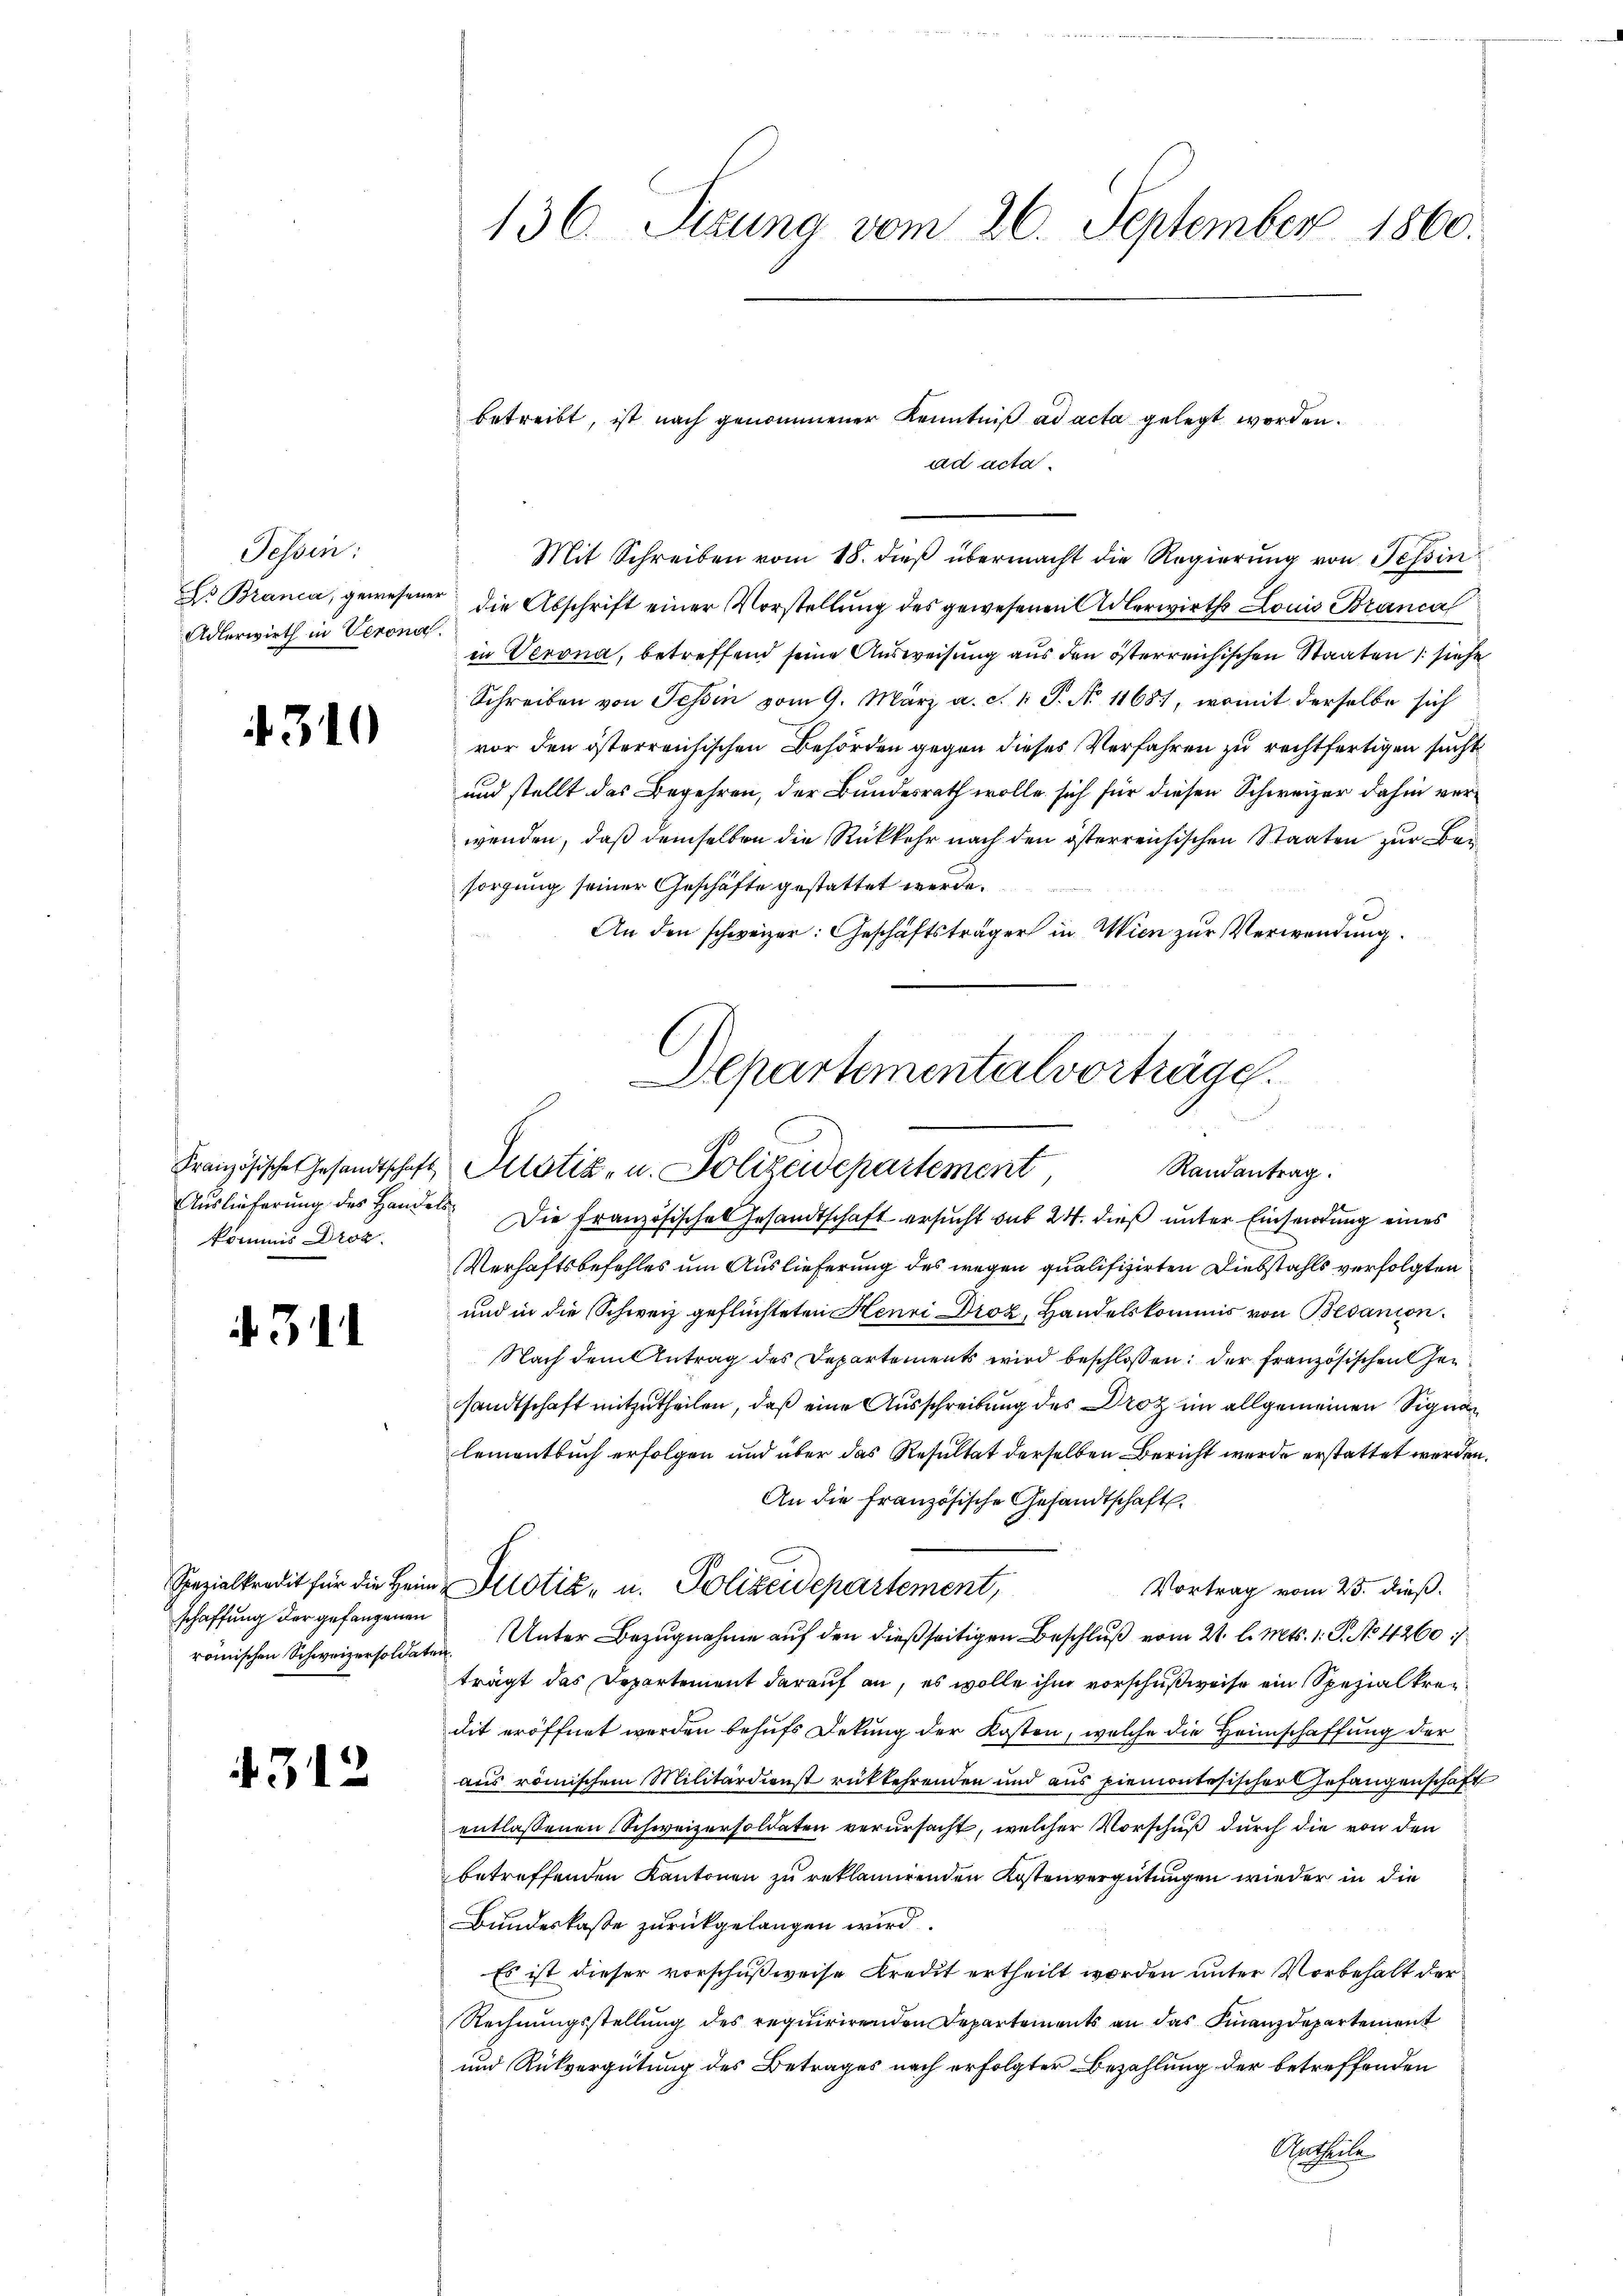
Tessin:
Dr Branca, gewesener
Adlerwirth in Verona

310

kommis Droz.

31

schaffung der gefangenen
römischen Schweizersoldaten

4312

136. Sizung vom 26. September 1860.

Mit Schreiben vom 18. dieß übermacht die Regierung von Tessin
die Abschrift einer Vorstellung des gewesenen Adlerwirths Louis Branca
in Verona, betreffend seine Ausweisung aus den österreichischen Staaten (siehe
Schreiben von Tessin vom 9. März a. c. 1 S. No 1168, womit derselbe sich
vor den österreichischen Behörden gegen dieses Verfahren zu rechtfertigen sucht
und stellt das Begehren, der Bundesrath wolle sich für diesen Schweizer dahin verwenden, daß demselben die Rückkehr nach den österreichischen Staaten zur Beisorgung seiner Geschäfte gestattet werde.
An den schweizer: Geschäftsträger in Wien zur Verwendung
Departementalvorträge.

betreibt, ist nach genommener Kenntniß ad acta gelegt worden.
ad acta

Französische Gesandtschaft Mitstiz- u. Polizeidepartement
Randantrag.

Auslieferung des Handels Die französisches Gesandtschaft ersucht sub 24. dieß unter Einsendung eines
Verhaftsbefehles um Auslieferung des wegen qualifizirten Diebstahls verfolgten
und in die Schweiz geflüchteten Henri Droz, Handelskommis von Bedanion.
Nach dem Antrag des Departements wird beschlossen: der französischen Ge
sandtschaft mitzutheilen, daß eine Ausschreibung des Droz im allgemeinen Signalementbuch erfolgen und über das Resultat derselben Bericht wurde erstattet werden.
An die französische Gesandtschaft
Spezialkredit für die Heim Allotik- u. Polizeidepartement,
Vortrag vom 23. dieß.
Unter Bezugnahme auf den dießseitigen Beschluß vom 21. l. Mts. 1. P. No 1260 :/
trägt das Departement darauf an, es wolle ihm vorschußweise ein Spezialkreidit eröffnet werden behufs Dekung der Kosten, welche die Heimschaffung der
aus römischem Militärdienst rükkehrenden und aus piemontesischer Gefangenschaft
entlassenen Schweizersoldaten verursacht, welcher Vorschuß durch die von den
betreffenden Kantonen zu reklamirenden Kostenvergütungen wieder in die
Bundeskaste zurückgelangen wird.
Es ist dieser vorschußweise Kredit ertheilt worden unter Vorbehalt der
Rechnungsstellung des requirirenden Departements an das Finanzdepartement
und Rückvergütung des Betrages nach erfolgter Bezahlung der betreffenden
Artheile